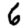
Digit: 6